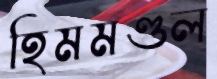
হিমমণ্ডল